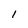
Character: l